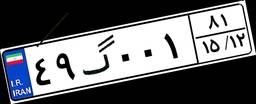
۴۹گ۰۰۱۸۱